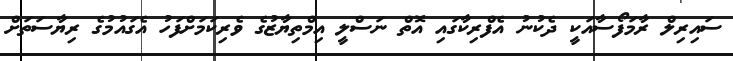
ސައިރިލް ރާމަފޯސާއަކީ ދެކުނު އެފްރިކާގައި އޮތް ނަސްލީ އިމްތިޔާޒުގެ ވެރިކަމަށްފަހު އެގައުމުގެ ރިޔާސަތަށް